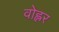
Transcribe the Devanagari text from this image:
वोह्लर